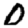
Digit: 0